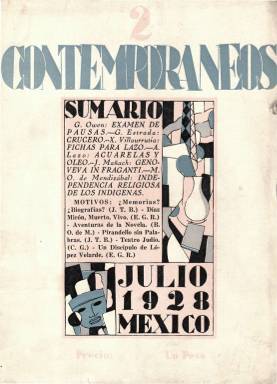
Título: Contemporáneos (México, D.F.)
Colección: Literatura
Ámbito geográfico: México
Lugar de publicación: México, D.F.
Fechas: 01/07/1928-30/11/1930

Revista mexicana de cultura (salía el día 15 de cada mes) que da nombre también al grupo poético de la vanguardia moderada Los Contemporáneos, considerado como uno de los más importantes y representativos de este movimiento en la literatura hispanoamericana, emparentado con la generación española del 27, cuya publicación cumple el papel dinamizador de las revistas Sur (1931-1992), de Buenos Aires, y Orígenes (1944-1956), de Cuba, y que estuvo inspirada por la española Revista de occidente (1923). Los editores de sus ocho primeros números fueron Bernardo J. Gastélum (1886-1982), Jaime Torres Bodet (1902-1974), Enrique González Rojo (1889-1939) y Bernardo Ortiz de Montellano (1899-1949), que asume la dirección a partir de febrero de 1929. Entre sus principales integrantes se encuentran también Salvador Novo (1904-1974), José Gorostiza (1901-1973), Carlos Pellicer (1897-1977), Jorge Cuesta (1903-1942), Gilberto Owen (1904-1952) y Xavier Villaurrutia (1903-1950). Otros que participan son Elías Nandino, Octavio G. Barreda, Rubén Salazar Mallén o Genaro Estrada, a los que se les une un notable traductor como Enrique Munguía. Tanto Novo como Villaurrutia y Montellano habían publicado previamente las revistas La Falange (1922-1923) y Ulises (1927-1928) y prácticamente todos sus integrantes ya tenían experiencia en el periodismo literario.

Contemporáneos significa la entrada en la modernidad literaria de los poetas, pensadores y artistas mexicanos, que, con Alfonso Reyes (1889-1959) como guía y maestro, cultivaron prácticamente todos los géneros desde una posición cosmopolita alejada del nacionalismo posrevolucionario mexicano, y su ausencia del tema político-social en medio de una intensa politización cultural en el país provocará que les acusen de traidores y reaccionarios. También difunden a través de una editorial con el mismo nombre –Ediciones Contemporáneas- las obras literarias de sus integrantes.

La revista empieza a publicarse en junio de 1928, en entregas entre el centenar y centenar y medio de páginas, compuesta a una columna y una portada en cuatricomía. Inserta textos de creación: poéticos, narrativos, dramáticos o de pensamiento, entre los que destacan también las traducciones (de Eliot, Lawrence o Valery); artículos de historia y crítica literaria, de arte, pintura, música; ensayos y recensiones de novedades y antologías. También incluye reproducciones artísticas (acuarelas, litografías, etc.), dándose a conocer a través de ella una generación de pintores mexicanos, pero también reproduce obras de Matisse, Cezanne, Picasso, Dalí…, porque junto a su europeísmo estuvo muy atenta a la creación mexicana, como también a la española o a la norteamericana. Entre sus firmas aparecen las de Borges, Huidobro o Neruda, así como las españolas de Gabriel García Maroto, Luis Araquistáin, Américo Castro, Manuel Azaña, Enrique Díez-Canedo o Benjamín Jarnés.

Los Contemporáneos –que se habían formado en las aulas de la Facultad de Altos Estudios de la Universidad Nacional y que se habían encontrado previamente en el Ateneo de México- renuevan el lenguaje literario y poético, preparan a un público en el gusto y conocimiento de la literatura moderna, integran una contracorriente cultural en el ámbito posrevolucionario, dinamizan el periodismo y el teatro, dotan de una conciencia contemporánea a una práctica cultural y apoyan y promueven a una corriente pictórica alejada del muralismo, a juicio de  Carlos Monsiváis.

El volumen 42/43 es el último que publica, correspondiente a noviembre-diciembre de 1931. La colección de la Biblioteca Nacional de España está incompleta. La bibliografía sobre la revista y el grupo es abundante. El Fondo de Cultura Económica publica en 1981 la edición facsímil, en once volúmenes. Y en 1985, Guillermo Sheridán, publica sus índices.